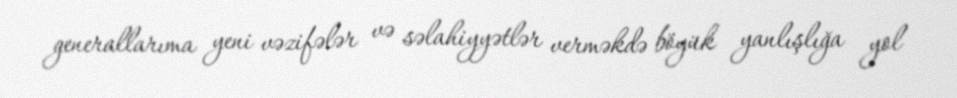
generallarıma yeni vəzifələr və səlahiyyətlər verməkdə böyük yanlışlığa yol